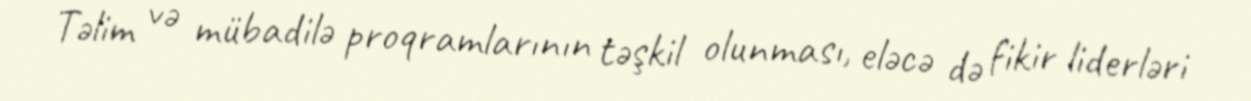
Təlim və mübadilə proqramlarının təşkil olunması, eləcə də fikir liderləri